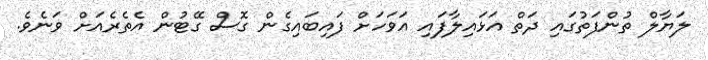
ލަޔާލް ތުންފަތުގައި ދަތް އަޅައިލާފައި އަވަހަށް ފައިބައިގެން ގޮސް ގޭޓުން އެތެރެއަށް ވަނެވެ.